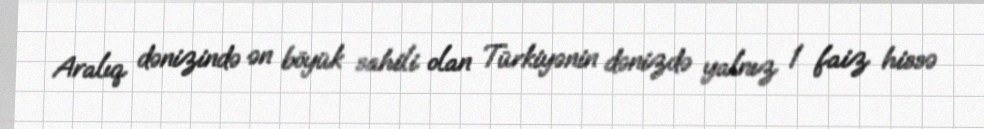
Aralıq dənizində ən böyük sahili olan Türkiyənin dənizdə yalnız 1 faiz hissə